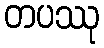
တပဿု